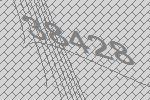
38428